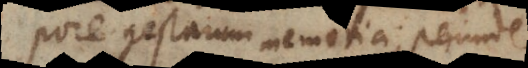
corpore gestarum memoria, perinde